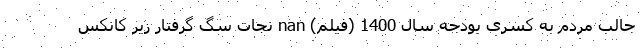
جالب مردم به کسری بودجه سال 1400 (فیلم) nan نجات سگ‌ گرفتار زیر کانکس‌